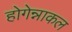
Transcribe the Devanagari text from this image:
होगेन्नाकल